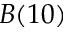
B ( 1 0 )